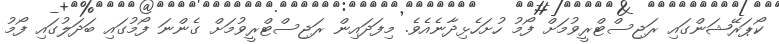
ކޯޕަރޭޝަންގައި ރަޖިސްޓްރީވުމަށް ފޯމު ހުށަހެޅިދާނެއެވެ. މިފަދައިން ރަޖިސްޓްރީވުމަށް ގެންނަ ފޯމުގައި ބަދަލުގައި ފޯމު